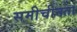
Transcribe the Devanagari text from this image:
समीचीनता